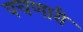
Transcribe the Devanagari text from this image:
पचणारी